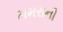
મમરાની